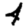
Digit: 4